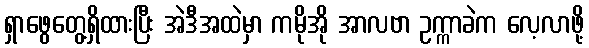
ရှာဖွေတွေ့ရှိထားပြီး အဲဒီအထဲမှာ ကမိုအို အာလဗာ ဥက္ကာခဲက လေ့လာဖို့